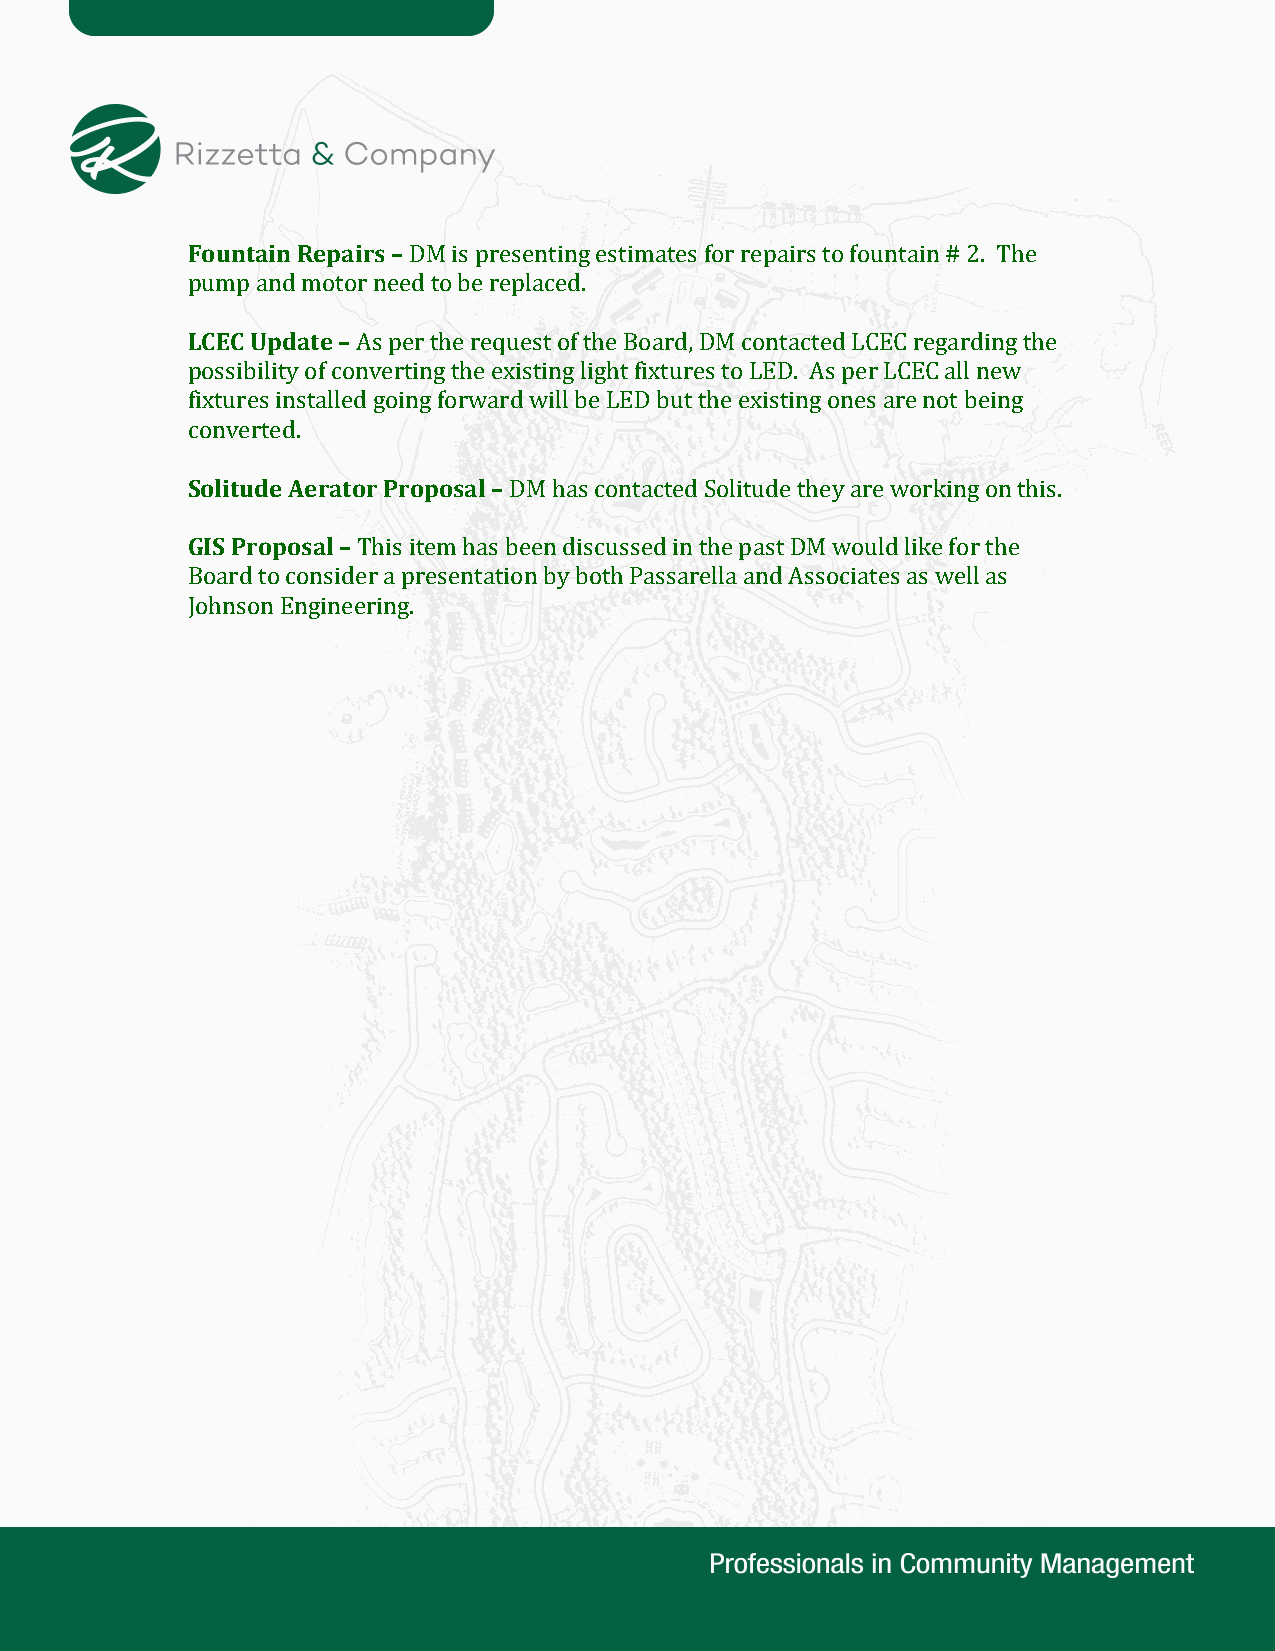
Fountain Repairs –
 DM is presenting estimates for repairs to fountain # 2. The
 LpCumECp U apndd amteo t–o r need to be replaced.
 As per the request of the Board, DM contacted LCEC regarding the
 possibility of converting the existing light fixtures to LED. As per LCEC all new
 fixtures installed going forward will be LED but the existing ones are not being
 cSoonlivteurdteed A. e rator Proposal –
 GIS Proposal –        DM has contacted Solitude they are working on this.
 This item has been discussed in the past DM would like for the
 Board to consider a presentation by both Passarella and Associates as well as
 J ohnson Engineering.